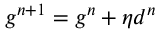
g ^ { n + 1 } = g ^ { n } + \eta d ^ { n }